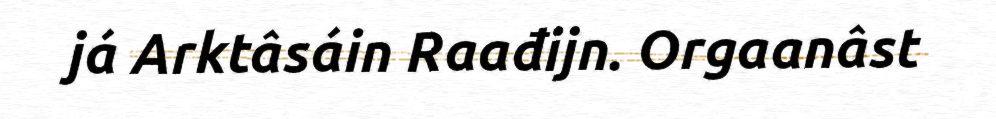
já Arktâsáin Raađijn. Orgaanâst